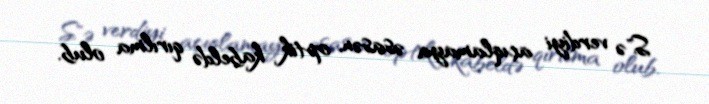
S"ə verdiyi açıqlamaya əsasən, optik kabeldə qırılma olub.